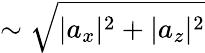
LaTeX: \sim\sqrt{|a_{x}|^{2}+|a_{z}|^{2}}